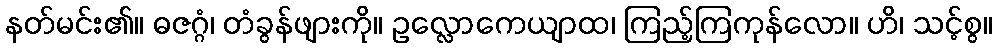
နတ်မင်း၏။ ဓဇဂ္ဂံ၊ တံခွန်ဖျားကို။ ဥလ္လောကေယျာထ၊ ကြည့်ကြကုန်လော။ ဟိ၊ သင့်စွ။